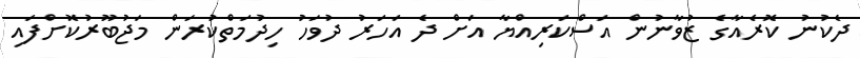
ދެކުނު ކޮރެއާގެ ޒުވާނުން އަސްކަރިއްޔާ އަށް ދެ އަހަރު ދުވަހު ހިދުމަތްކުރަން މަޖުބޫރުކޮށްފައި